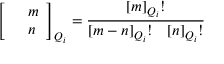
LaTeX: \left[ \begin{array} { c l c r } { { } } & { { m } } \\ { { } } & { { n } } \end{array} \right] _ { Q _ { i } } = \frac { \lbrack m \rbrack _ { Q _ { i } } ! } { \lbrack m - n \rbrack _ { Q _ { i } } ! ~ ~ ~ \lbrack n \rbrack _ { Q _ { i } } ! }